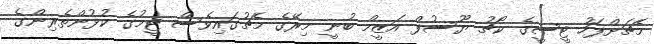
މެޗަށްފަހު ޓީސީގެ ކޯޗު ޔޫސުފް އަޒީމް ބުނީ މިރޭގެ މެޗުގައިވެސް ޓީމުގެ ކުޅުންތެރިންގެ